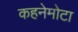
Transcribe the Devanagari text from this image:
कहनेमोटा